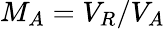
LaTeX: M_{A}=V_{R}/V_{A}